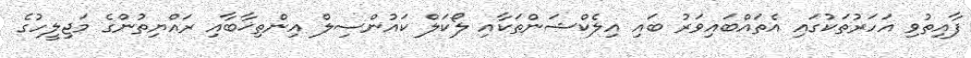
ފާއިތުވި އަހަރުތަކުގައި އެތައްބައިވަރު ބައި އިލެކްޝަންތަކާއި ލޯކަލް ކައުންސިލް އިންތިޚާބާއި ރައްޔިތުންގެ މަޖިލީހުގެ